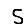
Digit: 5